Trukikaitis_Postimees, lk 76
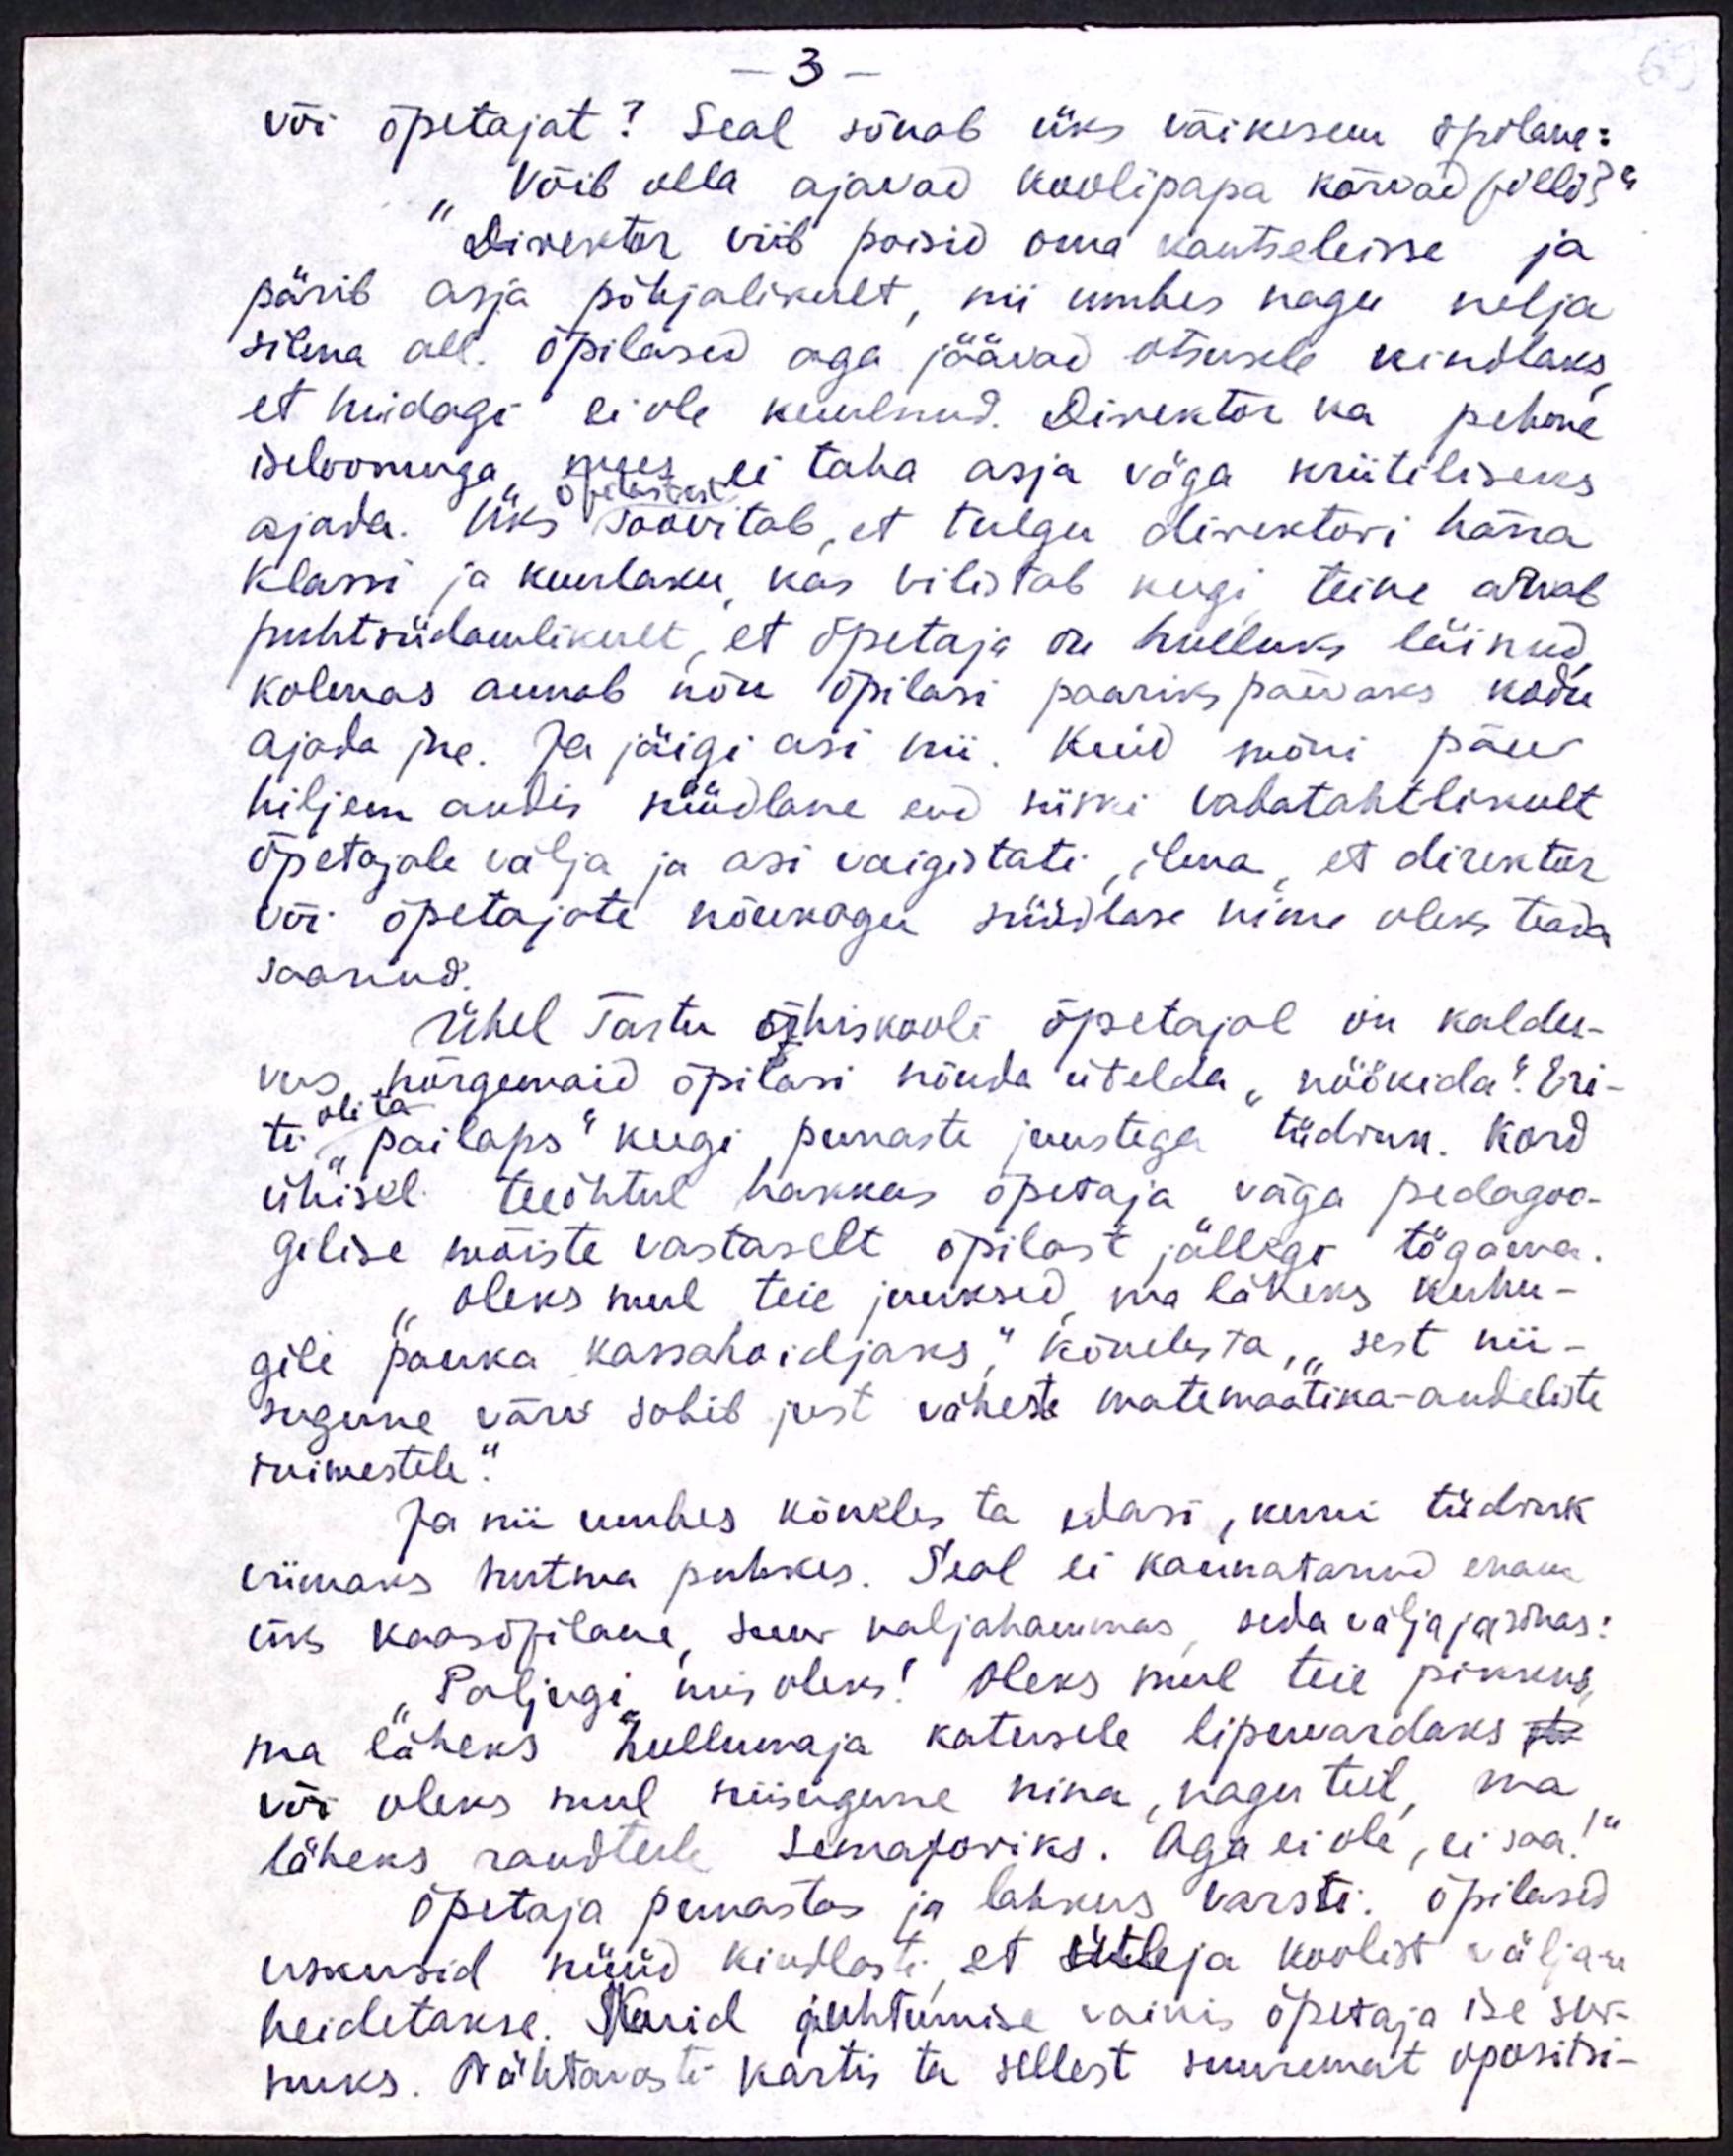
3
või õpetajat? Seal sõnab üks väikesem õpilane:
"Võib olla ajavad koolipapa kõrvad pilli?“
Direktor viib poisid oma kantseleisse ja
pärib asja põhjalikult, nii umbes nagu nelja
silma all. õpilased aga jäävad otsusele kindlaks,
et midagi ei ole kuulnud. Direktor ka pehme
iseloomuga mees ei taha asja väga kriitiliseks
ajada. Üks soovitab, et tulgu direktori härra
õpilastest
klassi ja kuulaku, kas vilistab keegi, teine arvab
puhtsüdamlikult, et õpetaja on hulluks läinud,
kolmas annab nõu õpilasi paariks päevaks kodu
ajada jne. Ja jäigi asi nii. Kuid mõni päev
hiljem andis süüdlane end siiski vabatahtlikult
õpetajale välja ja asi vaigistati, ilma, et direktor
või õpetajate nõukogu süüdlase nime oleks teada
saanud.
Ühel Tartu ühiskooli õpetajal on kaldu-
vus nõrgemaid õpilasi nõnda ütelda "nöökida". Eri-
ti oli ta "pailaps" keegi punaste juustega tüdruk. Kord
ühisel teeõhtul hakkas õpetaja väga pedagoo-
gilise mõiste vastaselt õpilast jällegi tögama.
Oleks mul teie juuksid, ma läheks kuhu-
gile panka kassahoidjaks," kõneles ta, "sest nii-
sugune värv sobib just väheste matemaatika-andeliste
inimestele".
Ja nii umbes kõneles ta edasi, kuni tüdruk
viimaks nutma puhkes. Seal ei kannatanud enam
üks kaasõpilane, suur naljahammas, seda välja ja sõnas:
Paljugi, mis oleks! Oleks mul teie pikkus,
ma läheks hullumaja katusele lipuvardaks
või oleks mul niisugune nina, nagu teil, ma
läheks raudteele, semaforiks. Aga ei ole, ei saa!“
Õpetaja punastas ja lahkus varsti: õpilased
uskusid nüüd kindlasti, et ütleja koolist välja-
heidetakse. Kuid juhtumise vaikis õpetaja ise sur-
nuks. Nähtavasti kartis ta sellest suuremat opositsi-